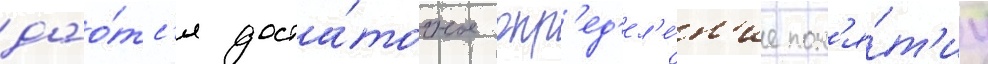
дао́тс'я доста́точное опр'ед'ел'е́н'ие пон'я́т'иу